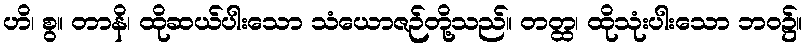
ဟိ၊ စွ။ တာနိ၊ ထိုဆယ်ပါးသော သံယောဇဉ်တို့သည်။ တတ္ထ၊ ထိုသုံးပါးသော ဘဝ၌။